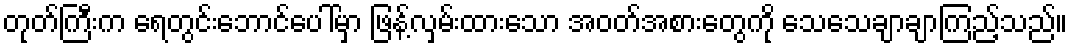
တုတ်ကြီးက ရေတွင်းဘောင်ပေါ်မှာ ဖြန့်လှမ်းထားသော အဝတ်အစားတွေကို သေသေချာချာကြည့်သည်။